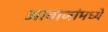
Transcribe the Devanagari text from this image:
आवाजांमध्ये